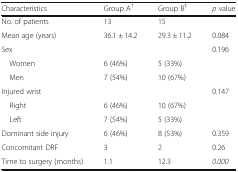
<table><thead><tr><td><b>Characteristics</b></td><td><b>Group A<sup>†</sup></b></td><td><b>Group B<sup>‡</sup></b></td><td><b><i>p</i> value</b></td></tr></thead><tbody><tr><td>No. of patients</td><td>13</td><td>15</td><td></td></tr><tr><td>Mean age (years)</td><td>36.1 ± 14.2</td><td>29.3 ± 11.2</td><td>0.084</td></tr><tr><td>Sex</td><td></td><td></td><td>0.196</td></tr><tr><td> Women</td><td>6 (46%)</td><td>5 (33%)</td><td></td></tr><tr><td> Men</td><td>7 (54%)</td><td>10 (67%)</td><td></td></tr><tr><td>Injured wrist</td><td></td><td></td><td>0.147</td></tr><tr><td> Right</td><td>6 (46%)</td><td>10 (67%)</td><td></td></tr><tr><td> Left</td><td>7 (54%)</td><td>5 (33%)</td><td></td></tr><tr><td>Dominant side injury</td><td>6 (46%)</td><td>8 (53%)</td><td>0.359</td></tr><tr><td>Concomitant DRF</td><td>3</td><td>2</td><td>0.26</td></tr><tr><td>Time to surgery (months)</td><td>1.1</td><td>12.3</td><td><i>0.000</i></td></tr></tbody></table>